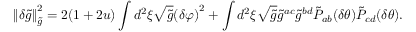
\left\| \delta \tilde { g } \right\| _ { \tilde { g } } ^ { 2 } = 2 ( 1 + 2 u ) \int { d ^ { 2 } } \xi \sqrt { \tilde { g } } { { ( \delta \varphi ) } ^ { 2 } } + \int { d ^ { 2 } } \xi \sqrt { \tilde { g } } { \tilde { g } ^ { a c } } { \tilde { g } ^ { b d } } { \tilde { P } _ { a b } } ( \delta \theta ) { \tilde { P } _ { c d } } ( \delta \theta ) .